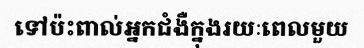
ទៅប៉ះពាល់អ្នកជំងឺក្នុងរយៈពេលមួយ